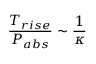
\frac { T _ { r i s e } } { P _ { a b s } } \sim \frac { 1 } { \kappa }